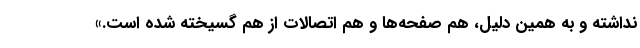
نداشته و به همین دلیل، هم صفحه‌ها و هم اتصالات از هم گسیخته شده است.»